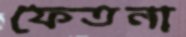
ফেতনা